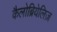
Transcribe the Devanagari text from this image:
कैलोब्रियेलिज़